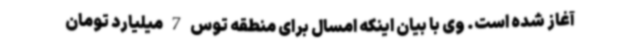
آغاز شده است. وی با بیان اینکه امسال برای منطقه توس 7 میلیارد تومان